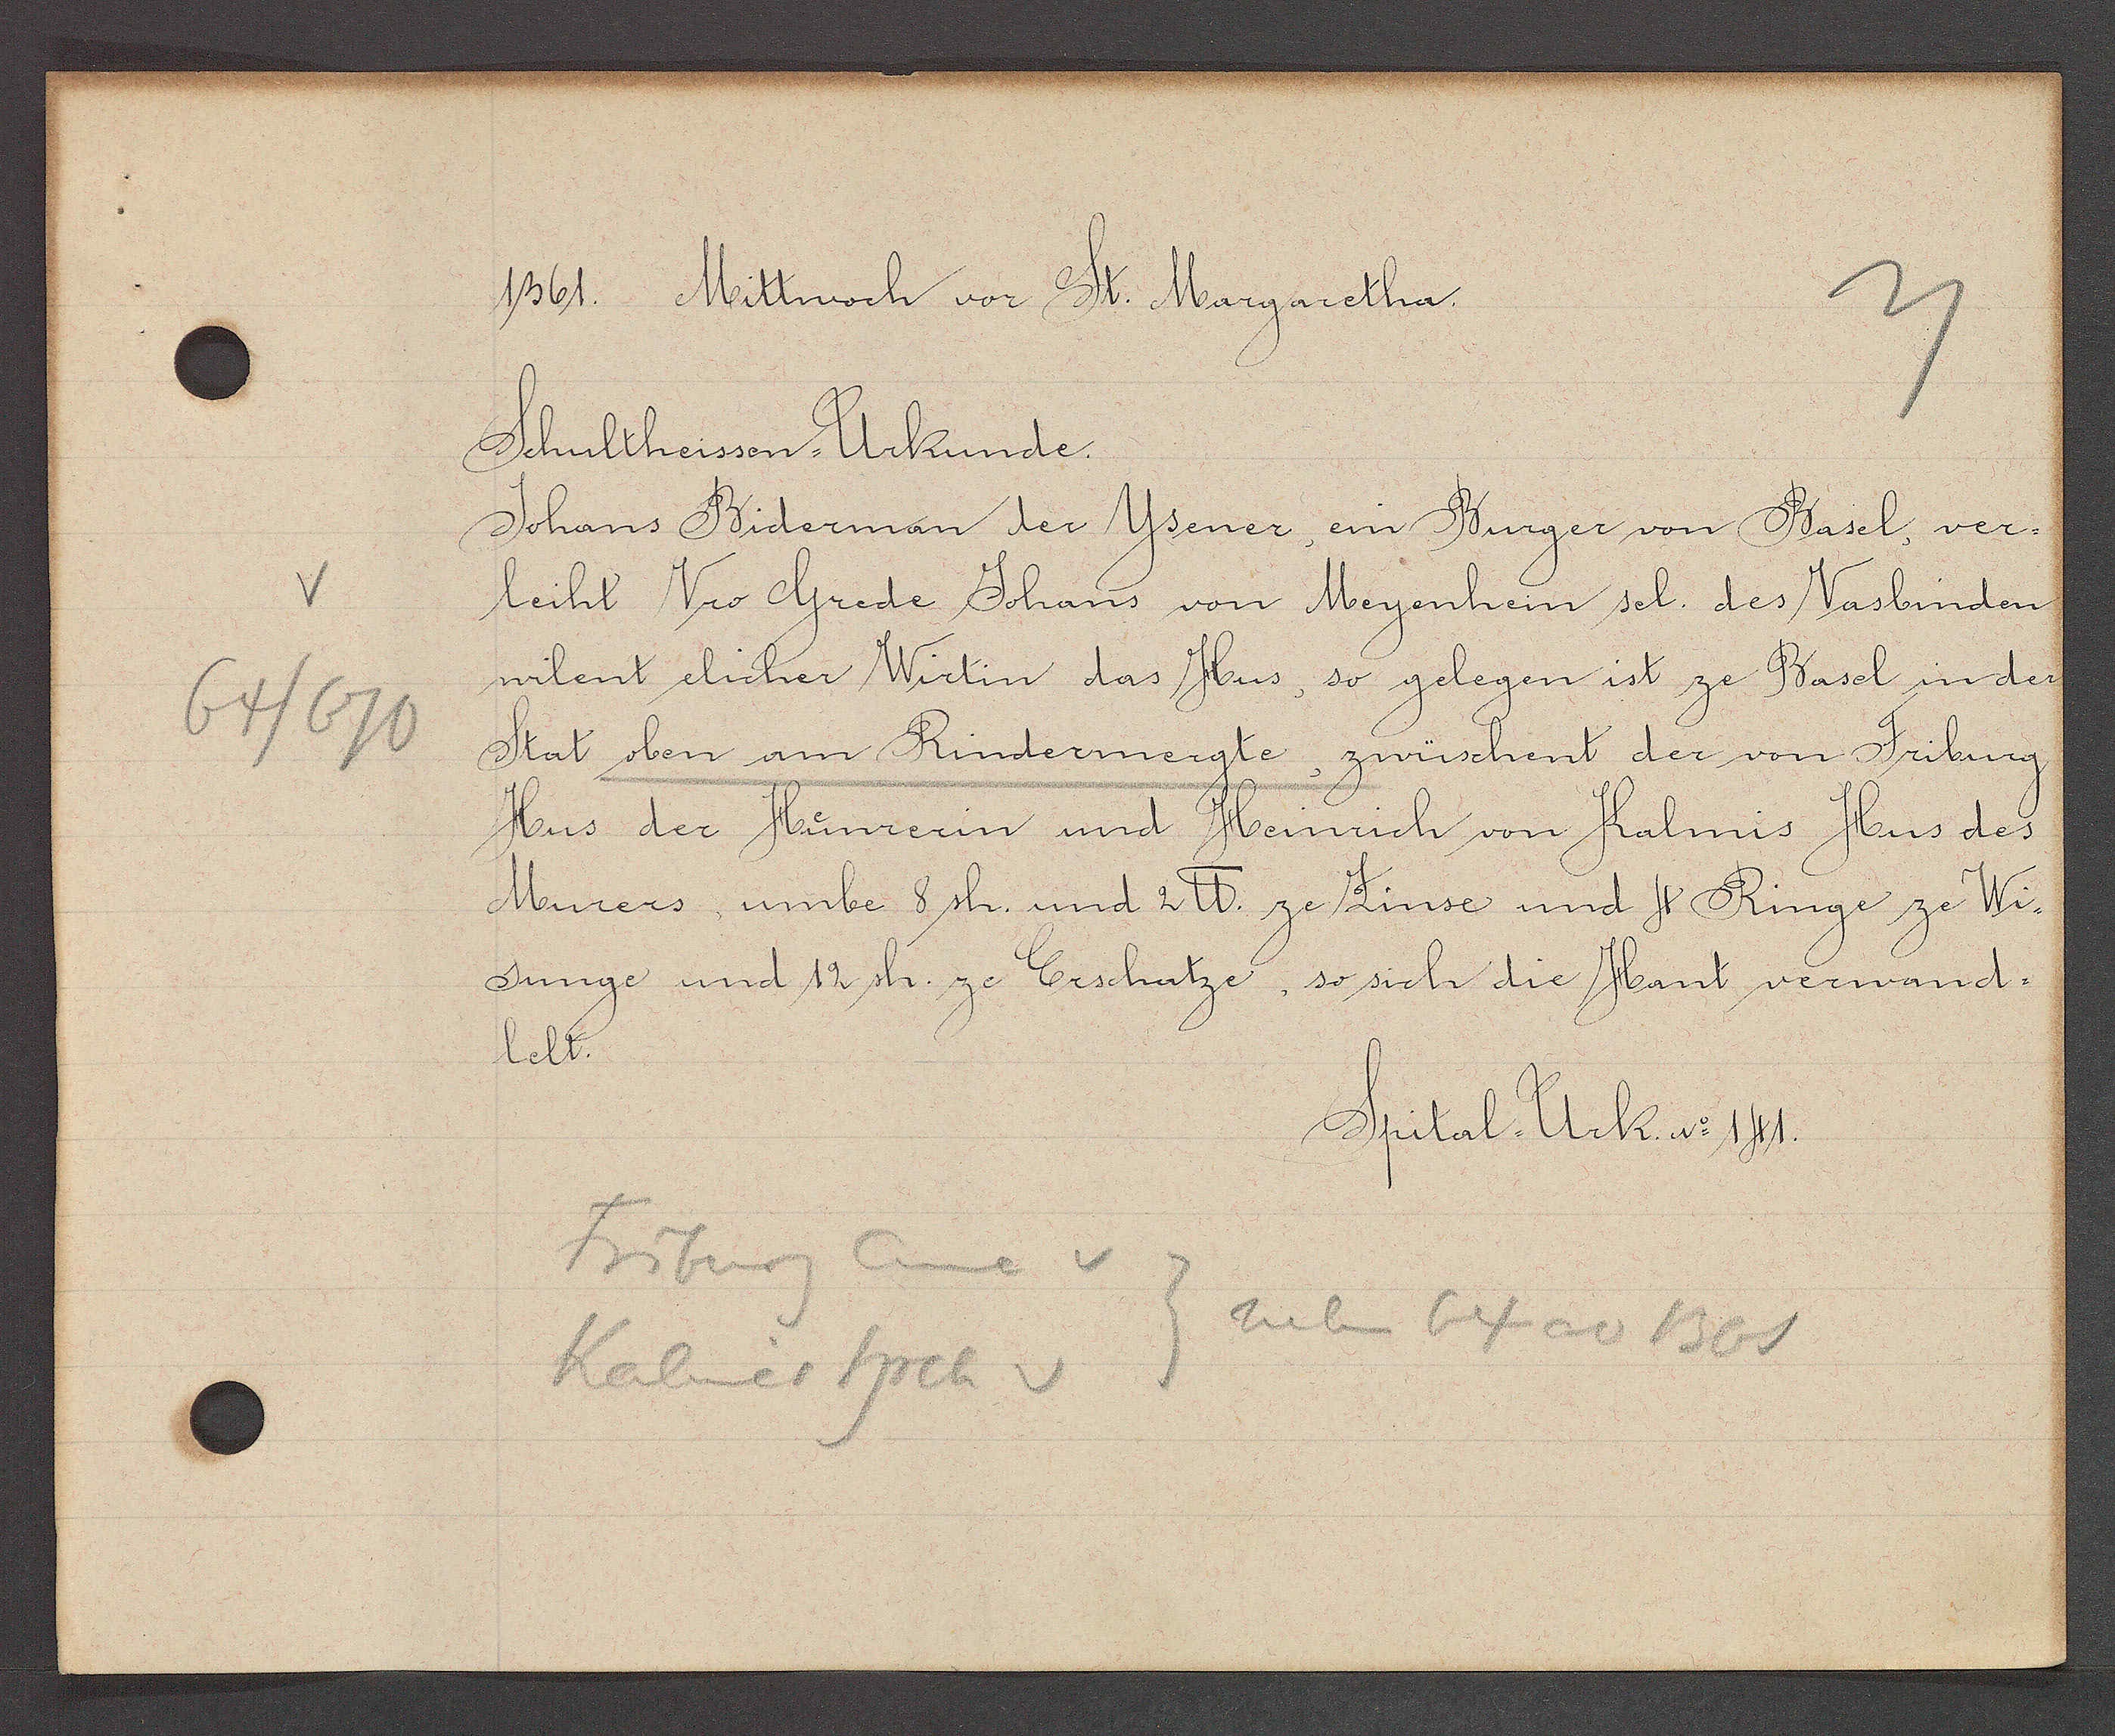
Transcript:
64/
670

1361. Mittwoch vor St. Margaretha.

Schultheissen -Urkunde.
Johans Biderman der Ysener, ein Burger von Basel, ver¬
leiht Vro Grede Johans von Meyenhein sel. des Vasbinden
wilent elicher Wirtin das Hus, so gelegen ist ze Basel in der
Stat oben am Rindermergte, zwüschent der von Friburg
Hus der Hünrerin und Heinrich von Kalmis Hus des
Murers, umbe 8 sh. und 2 ℔. ze Zinse und 4 Ringe ze Wi¬
sunge und 12 sh. ze Erschatze, so sich die Hant verwand¬
lelt.

Friburg Eune v
Kalmer Hrch v
neben 64 ao 1300

Spital. Urk. No 141.